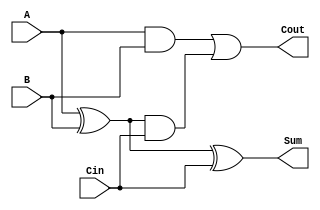
module FullAdder (
    input A,
    input B,
    input Cin,
    output Sum,
    output Cout
);
    wire G = A & B;        // Generate
    wire P = A ^ B;        // Propagate

    assign Sum = P ^ Cin;  // Sum output
    assign Cout = G | (P & Cin); // Carry out
endmodule